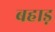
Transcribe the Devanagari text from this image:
बहाड़